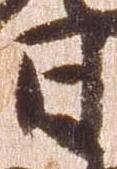
日